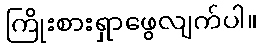
ကြိုးစားရှာဖွေလျက်ပါ။